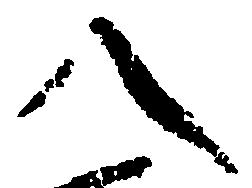
八